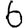
Digit: 6